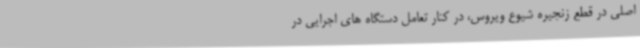
اصلی در قطع زنجیره شیوع ویروس، در کنار تعامل دستگاه های اجرایی در